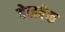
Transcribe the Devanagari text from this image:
वेलबेक